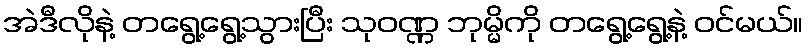
အဲဒီလိုနဲ့ တရွေ့ရွေ့သွားပြီး သုဝဏ္ဏ ဘုမ္မိကို တရွေ့ရွေ့နဲ့ ဝင်မယ်။